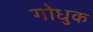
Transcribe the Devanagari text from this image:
गोधुक